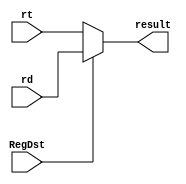
`timescale 1ns / 1ps
//////////////////////////////////////////////////////////////////////////////////
// Company: 
// Engineer: 
// 
// Design Name: 
// Module Name: rd_rt
// Project Name: 
// Target Devices: 
// Tool Versions: 
// Description: 
// 
// Dependencies: 
// 
// Revision:
// Revision 0.01 - File Created
// Additional Comments:
// 
//////////////////////////////////////////////////////////////////////////////////


module rd_rt(
    input [4:0]rd,
    input [4:0]rt,
    input RegDst,
    output reg[4:0]result
    );
    always@(rd or rt or RegDst)begin
        if(RegDst==0)
            result<=rt;
        else
            result<=rd;
    end
endmodule